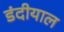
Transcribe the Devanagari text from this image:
डंदीयाल